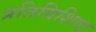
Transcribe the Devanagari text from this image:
प्रतिविशिष्ट